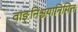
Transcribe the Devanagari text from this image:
वाङ्निश्चयानिमित्त